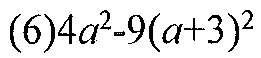
\((6)4a^{2}-9(a + 3)^{2}\)